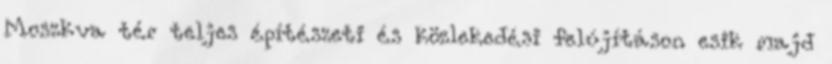
Moszkva tér teljes építészeti és közlekedési felújításon esik majd